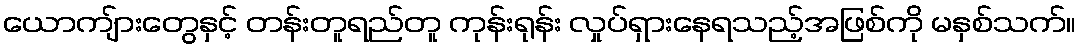
ယောကျ်ားတွေနှင့် တန်းတူရည်တူ ကုန်းရုန်း လှုပ်ရှားနေရသည့်အဖြစ်ကို မနှစ်သက်။